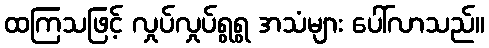
ထကြသဖြင့် လှုပ်လှုပ်ရွရွ အသံများ ပေါ်လာသည်။